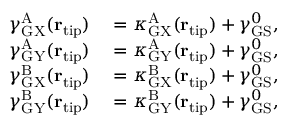
\begin{array} { r l } { \gamma _ { \mathrm { G X } } ^ { \mathrm { A } } ( { \bf r } _ { \mathrm { t i p } } ) } & { { } = \kappa _ { \mathrm { G X } } ^ { \mathrm { A } } ( { \bf r } _ { \mathrm { t i p } } ) + \gamma _ { \mathrm { G S } } ^ { 0 } , } \\ { \gamma _ { \mathrm { G Y } } ^ { \mathrm { A } } ( { \bf r } _ { \mathrm { t i p } } ) } & { { } = \kappa _ { \mathrm { G Y } } ^ { \mathrm { A } } ( { \bf r } _ { \mathrm { t i p } } ) + \gamma _ { \mathrm { G S } } ^ { 0 } , } \\ { \gamma _ { \mathrm { G X } } ^ { \mathrm { B } } ( { \bf r } _ { \mathrm { t i p } } ) } & { { } = \kappa _ { \mathrm { G X } } ^ { \mathrm { B } } ( { \bf r } _ { \mathrm { t i p } } ) + \gamma _ { \mathrm { G S } } ^ { 0 } , } \\ { \gamma _ { \mathrm { G Y } } ^ { \mathrm { B } } ( { \bf r } _ { \mathrm { t i p } } ) } & { { } = \kappa _ { \mathrm { G Y } } ^ { \mathrm { B } } ( { \bf r } _ { \mathrm { t i p } } ) + \gamma _ { \mathrm { G S } } ^ { 0 } , } \end{array}